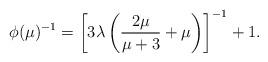
LaTeX: \begin{align*} \phi(\mu)^{-1} = \left[3\lambda\left(\frac{2\mu}{\mu+3}+\mu\right)\right]^{-1} + 1.\end{align*}